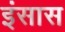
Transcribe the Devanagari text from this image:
इंसास